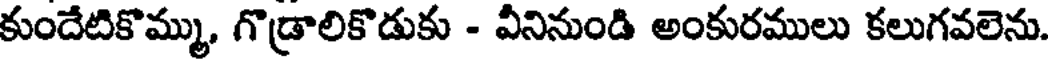
కుందేటికొమ్ము, గొడ్రాలికొడుకు - వీనినుండి అంకురములు కలుగవలెను.